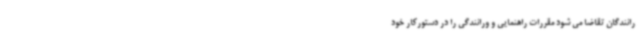
رانندگان تقاضا می شود مقررات راهنمایی و ورانندگی را در دستورکار خود